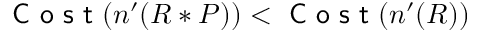
\textsf { C o s t } ( n ^ { \prime } ( R * P ) ) < \textsf { C o s t } ( n ^ { \prime } ( R ) )